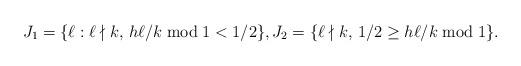
LaTeX: \begin{align*}J_1 = \{ \ell : \ell \nmid k, \, h \ell/k \bmod 1 < 1/2\},J_2 = \{ \ell \nmid k, \, 1/2 \geq h \ell/k \bmod 1 \}.\end{align*}